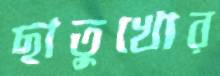
ছাতুখোর